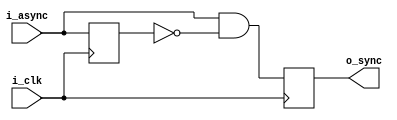
`timescale 1ns / 1ps
//////////////////////////////////////////////////////////////////////////////////
// Company: 
// Engineer: 
// 
// Design Name: 
// Module Name:    oneshot 
// Project Name: 
// Target Devices: 
// Tool versions: 
// Description: 
//
// Dependencies: 
//
// Revision: 
// Revision 0.01 - File Created
// Additional Comments: 
//
//////////////////////////////////////////////////////////////////////////////////
module oneshot(i_async,i_clk,o_sync);
input i_async,i_clk;
output reg o_sync;
reg a;

always @ (posedge i_clk) begin
	a <= i_async;
	o_sync <= i_async & ~a;
end


endmodule